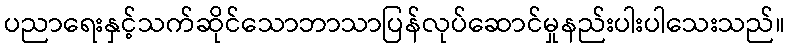
ပညာရေးနှင့်သက်ဆိုင်သောဘာသာပြန်လုပ်ဆောင်မှုနည်းပါးပါသေးသည်။